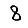
Digit: 8